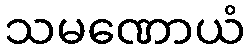
သမဏောယံ